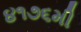
૪૧૭૬મી